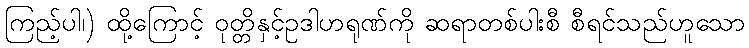
ကြည့်ပါ၊) ထို့ကြောင့် ဝုတ္တိနှင့်ဥဒါဟရုဏ်ကို ဆရာတစ်ပါးစီ စီရင်သည်ဟူသော